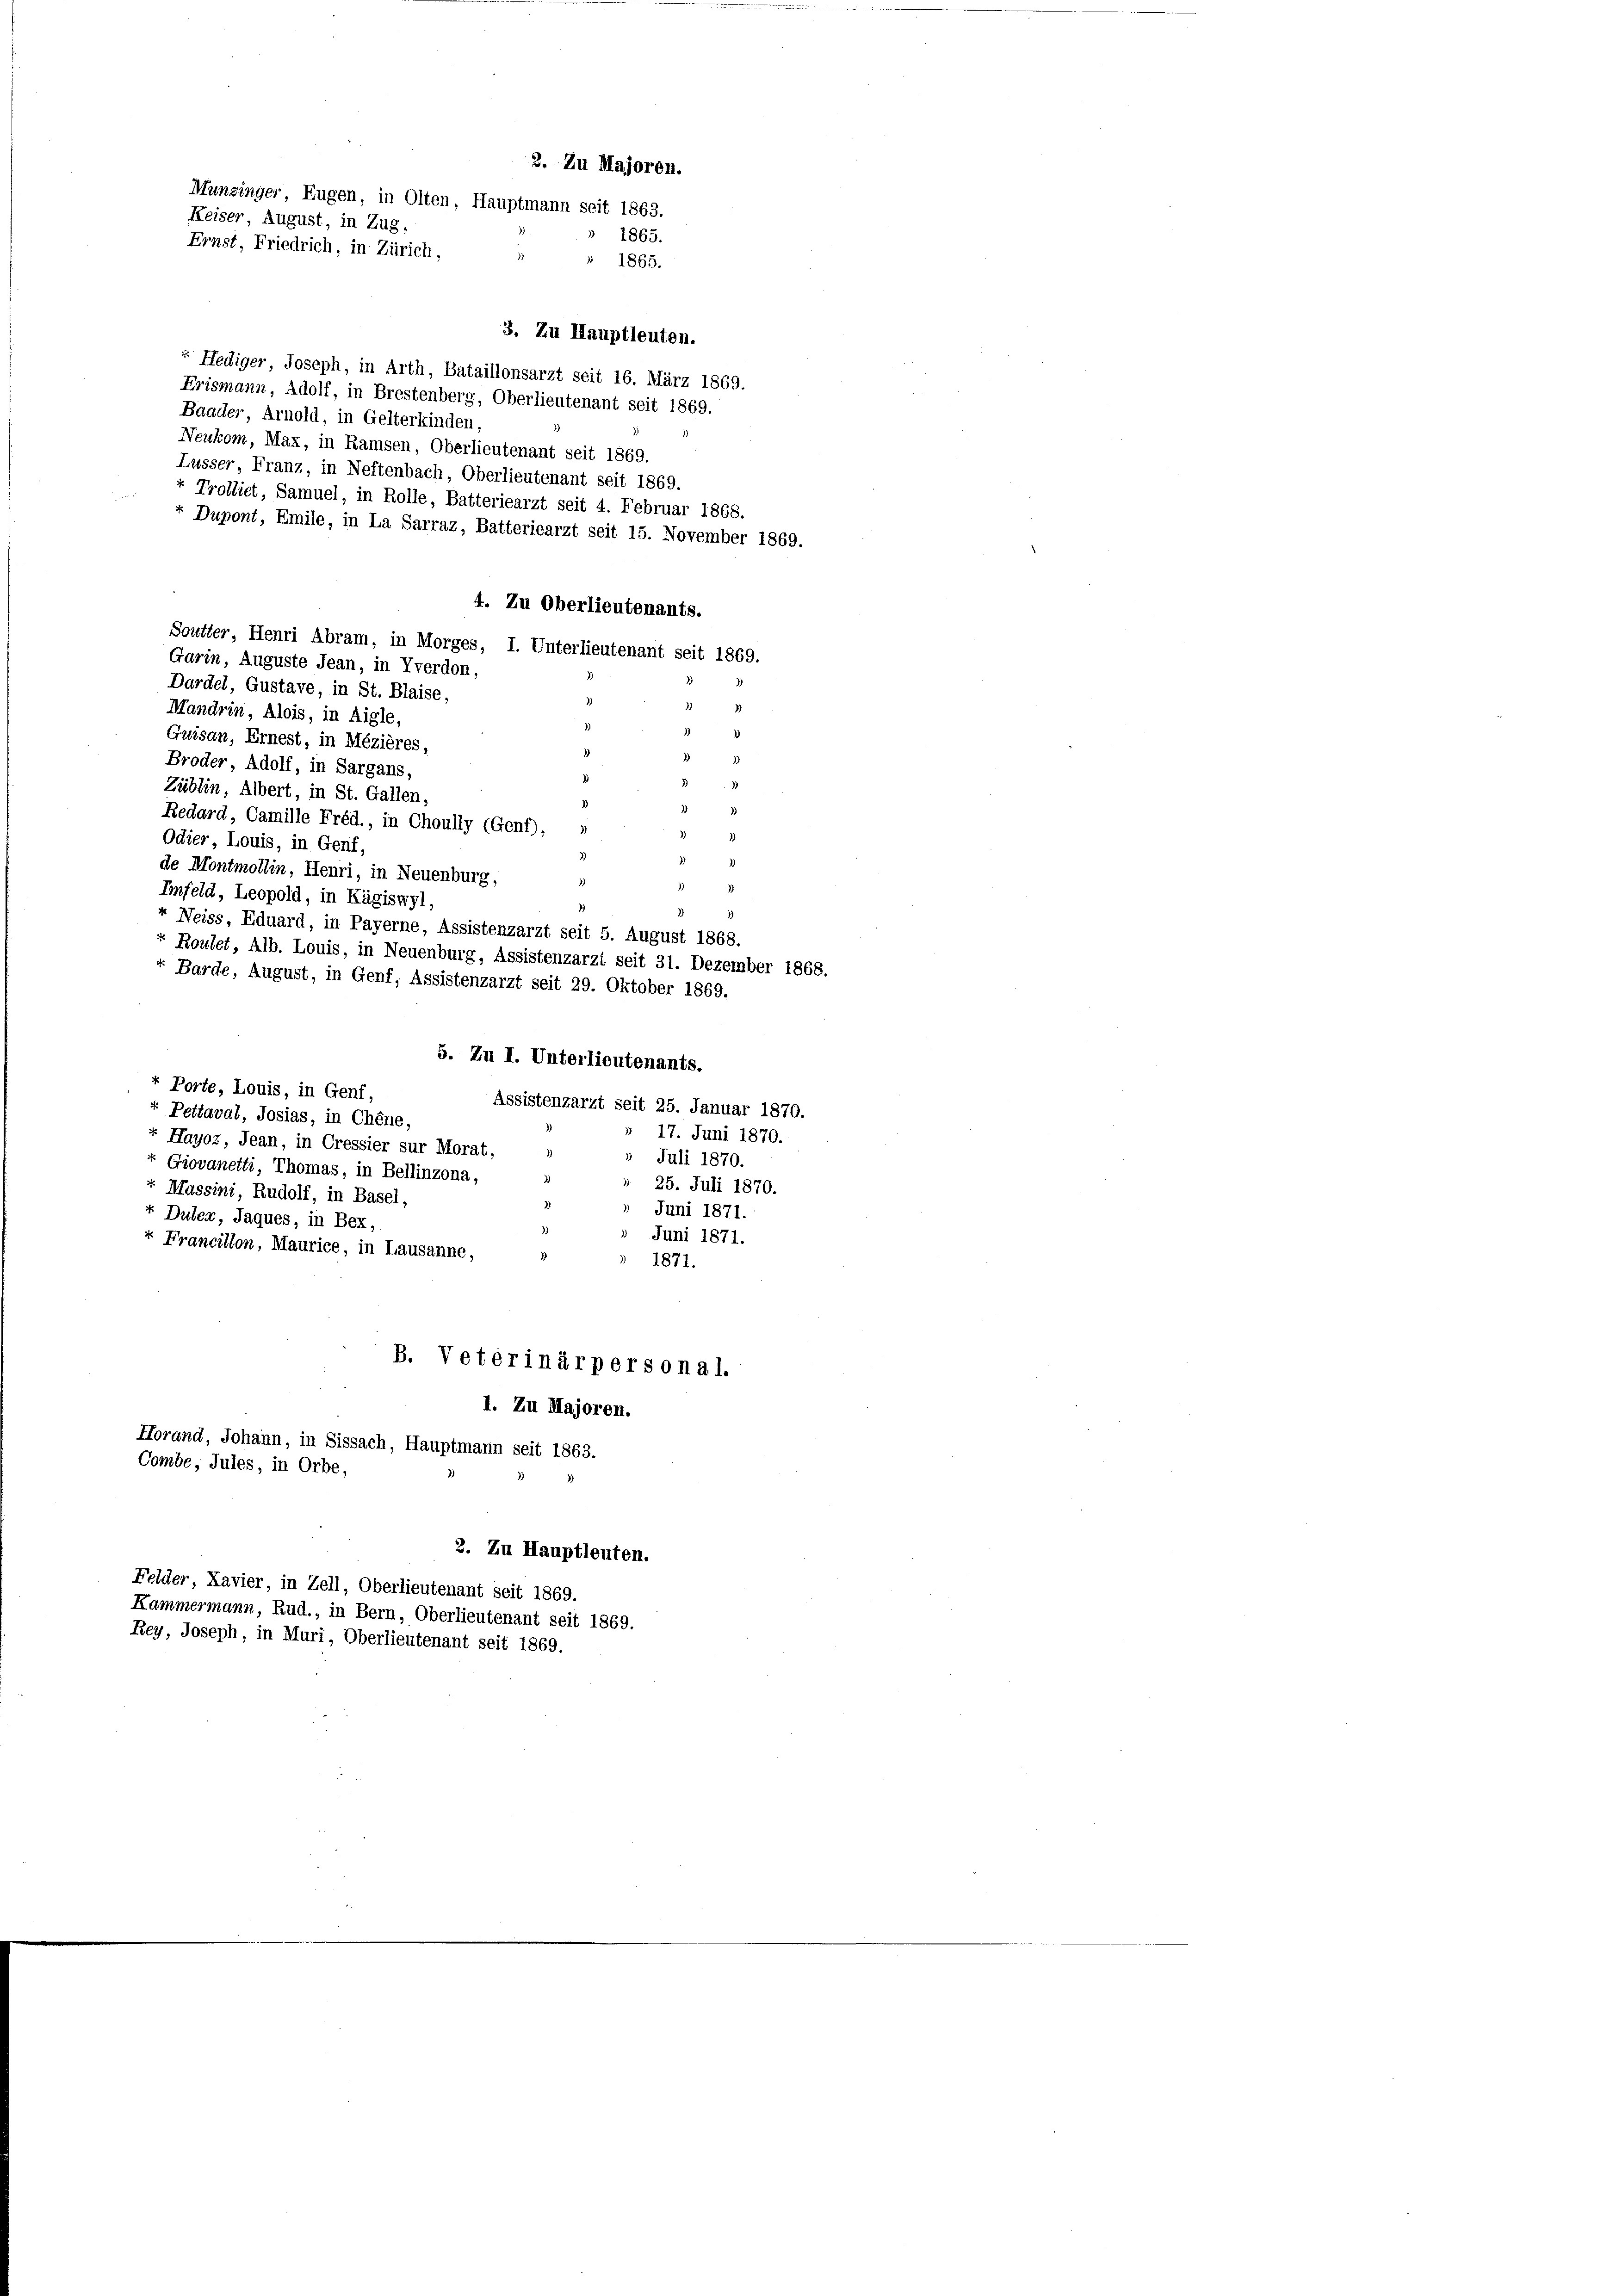
3. Zu Hauptleuten.
" Hediger Joseph, in Arth, Bataillonsarzt seit 16. März 1869.
Erismann, Adolf, in Brestenberg, Oberlieutenant seit 1869.
Baader, Arnold, in Gelterkinden,
Neukom, Max, in Ramsen, Oberlieutenant seit 1869.
Lusser Franz, in Neftenbach, Oberlieutenant seit 1869.
Trolliet, Samuel, in Rolle, Batteriearzt seit 4. Februar 1868.
Dupont, Emile, in La Sarraz, Batteriearzt seit 15. November 1869.
4. Zu Oberlieutenants.
Soutter, Henri Abram, in Morges, I. Unterlieutenant seit 1869.
Garin, Auguste Jean, in Yverdon,
Dardel, Gustave, in St. Blaise,
Mandrin, Alois, in Aigle,
o
)
Guisau, Ernest, in Mézières,
Broder, Adolf, in Sargans,
Züblin, Albert, in St. Gallen,
Redard, Camille Fréd., in Choully (Genf), »
Odier, Louis, in Genf,
de Montmollin, Henri, in Neuenburg,
1
Infeld, Leopold, in Kägiswyl.
Neiss, Eduard, in Payerne, Assistenzarzt seit 5. August 1868.
Routet, Alb. Louis, in Neuenburg, Assistenzarzi seit 31. Dezember 1868.
Barde, August, in Genf, Assistenzarzt seit 29. Oktober 1869.
5. Zu I. Unterlieutenants.
« Porte, Louis, in Genf,
Assistenzarzt seit 25. Januar 1870.
Pettaval, Josias, in Chene,
17. Juni 1870.
Hayoz, Jean, in Cressier sur Morat,
Juli 1870.
Giovanetti, Thomas, in Bellinzona,
25. Juli 1870.
Massini, Rudolf, in Basel,
Juni 1871.
+ Duter, Jaques, in Bex,
Juni 1871.
Francillon, Maurice, in Lausanne,
1871.
B. Veterinärpersonal.
1. Zu Majoren.
Horand, Johann, in Sissach, Hauptmann seit 1863.
Combe, Jules, in Orbe,
2. Zu Hauptleuten.
Felder, Kavier, in Zell, Oberlieutenant seit 1869.
Kammermann, Rud., in Bern, Oberlieutenant seit 1869.
Rey, Joseph, in Muri, Oberlieutenant seit 1869.

2. Zu Majoren.
Munzinger, Eugen, in Olten, Hauptmann seit 1863.
Keiser, August, in Zug,
1865.
Ernst, Friedrich, in Zürich, " " 1865.